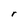
Character: r